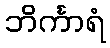
ဘိင်္ကာရံ